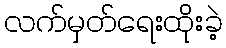
လက်မှတ်ရေးထိုးခဲ့